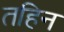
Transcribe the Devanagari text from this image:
तहिन